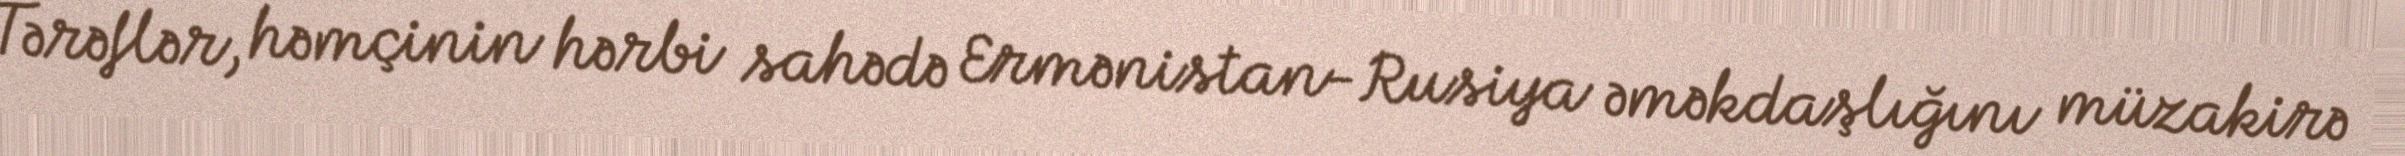
Tərəflər, həmçinin hərbi sahədə Ermənistan-Rusiya əməkdaşlığını müzakirə